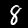
Label: 8